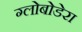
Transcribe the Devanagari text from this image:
ग्लोबोडेरा